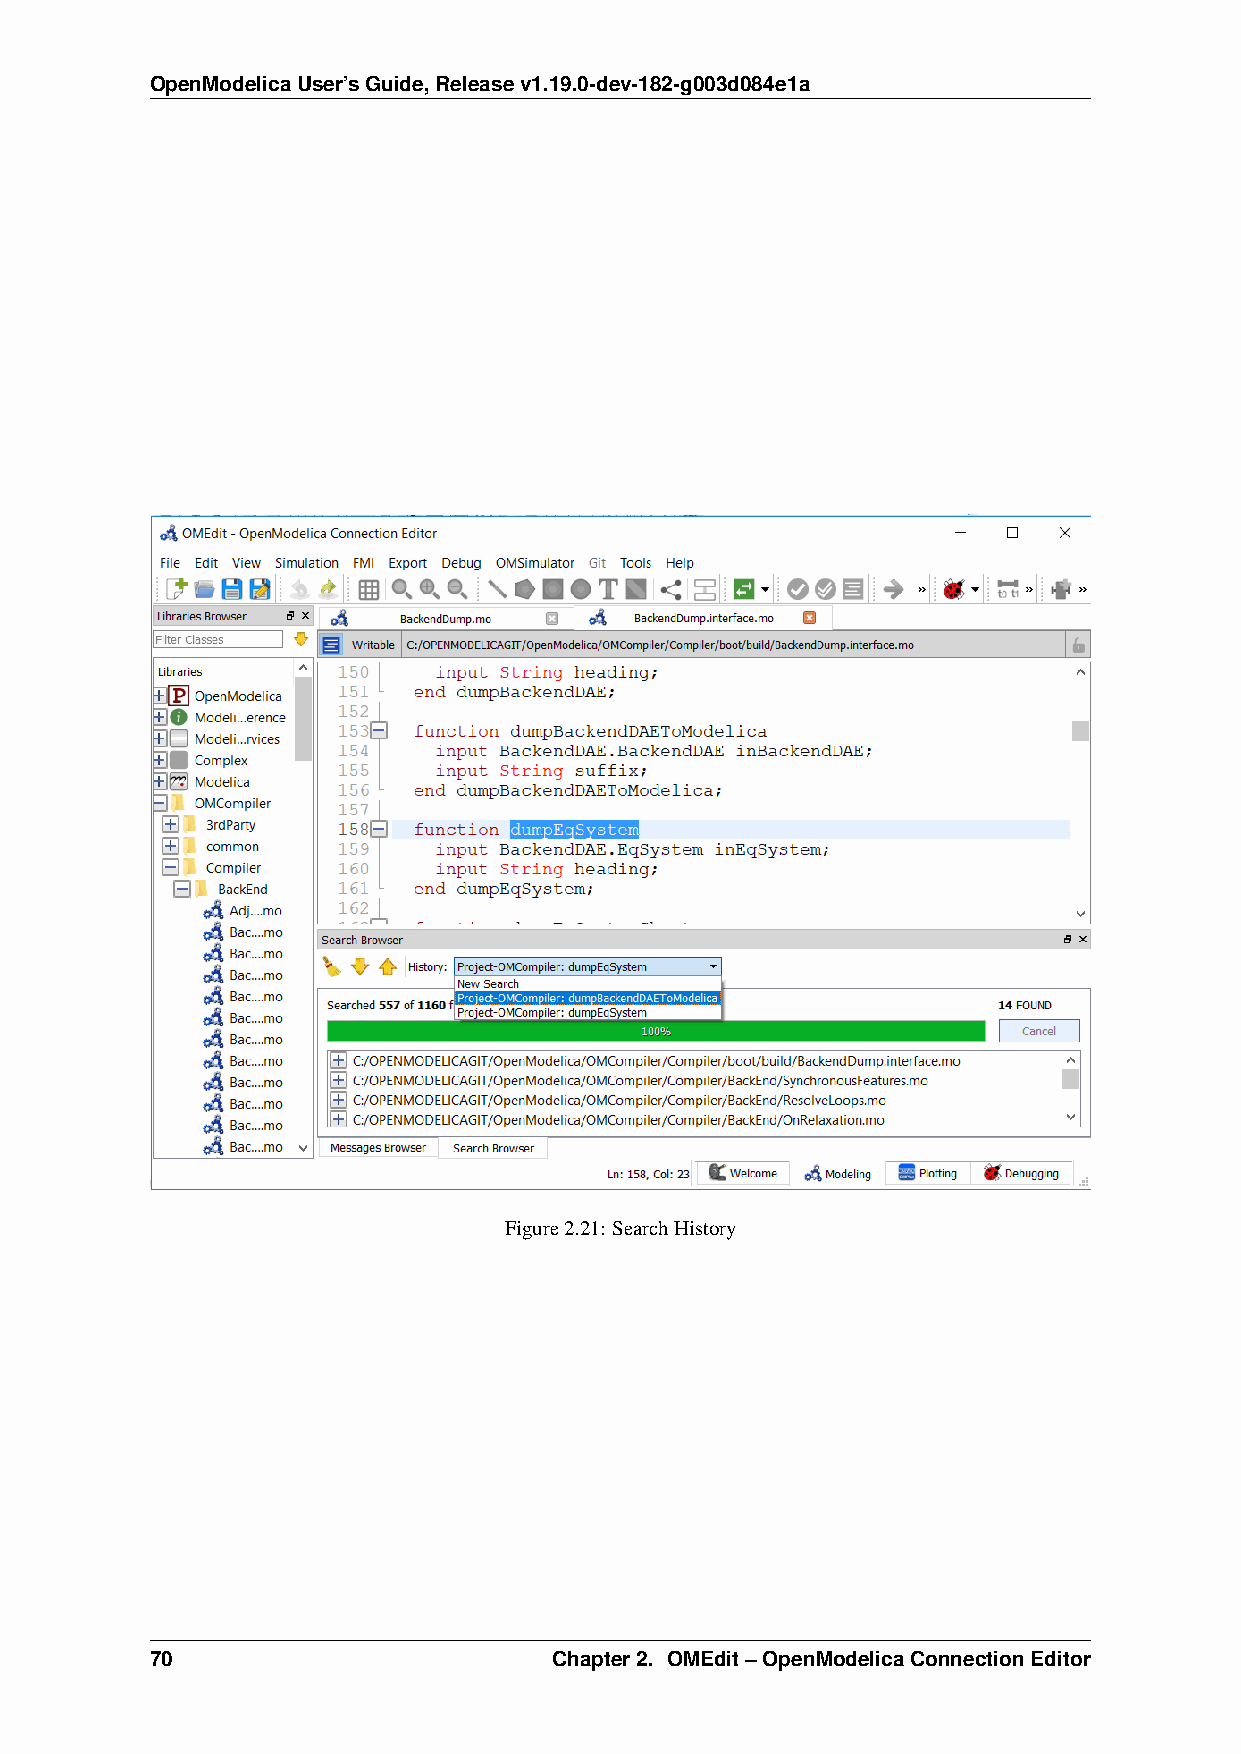
OpenModelicaUser’sGuide,Releasev1.19.0-dev-182-g003d084e1a
 Figure2.21: SearchHistory
 70                         Chapter2. OMEdit–OpenModelicaConnectionEditor